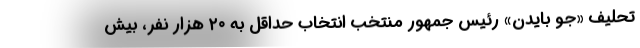
تحلیف «جو بایدن» رئیس جمهور منتخب انتخاب حداقل به ۲۰ هزار نفر، بیش